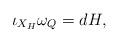
LaTeX: \begin{align*} \iota_{X_H}\omega_Q=dH,\end{align*}